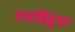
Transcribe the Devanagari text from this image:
दवबिंदुंचा